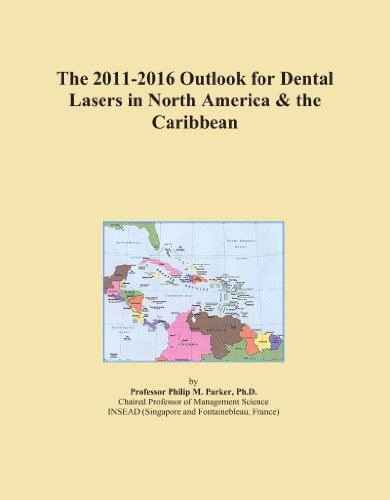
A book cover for The 2011-2016 Outlook for Dental Lasers in North America & the Caribbean; Icon Group International; Medical Books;